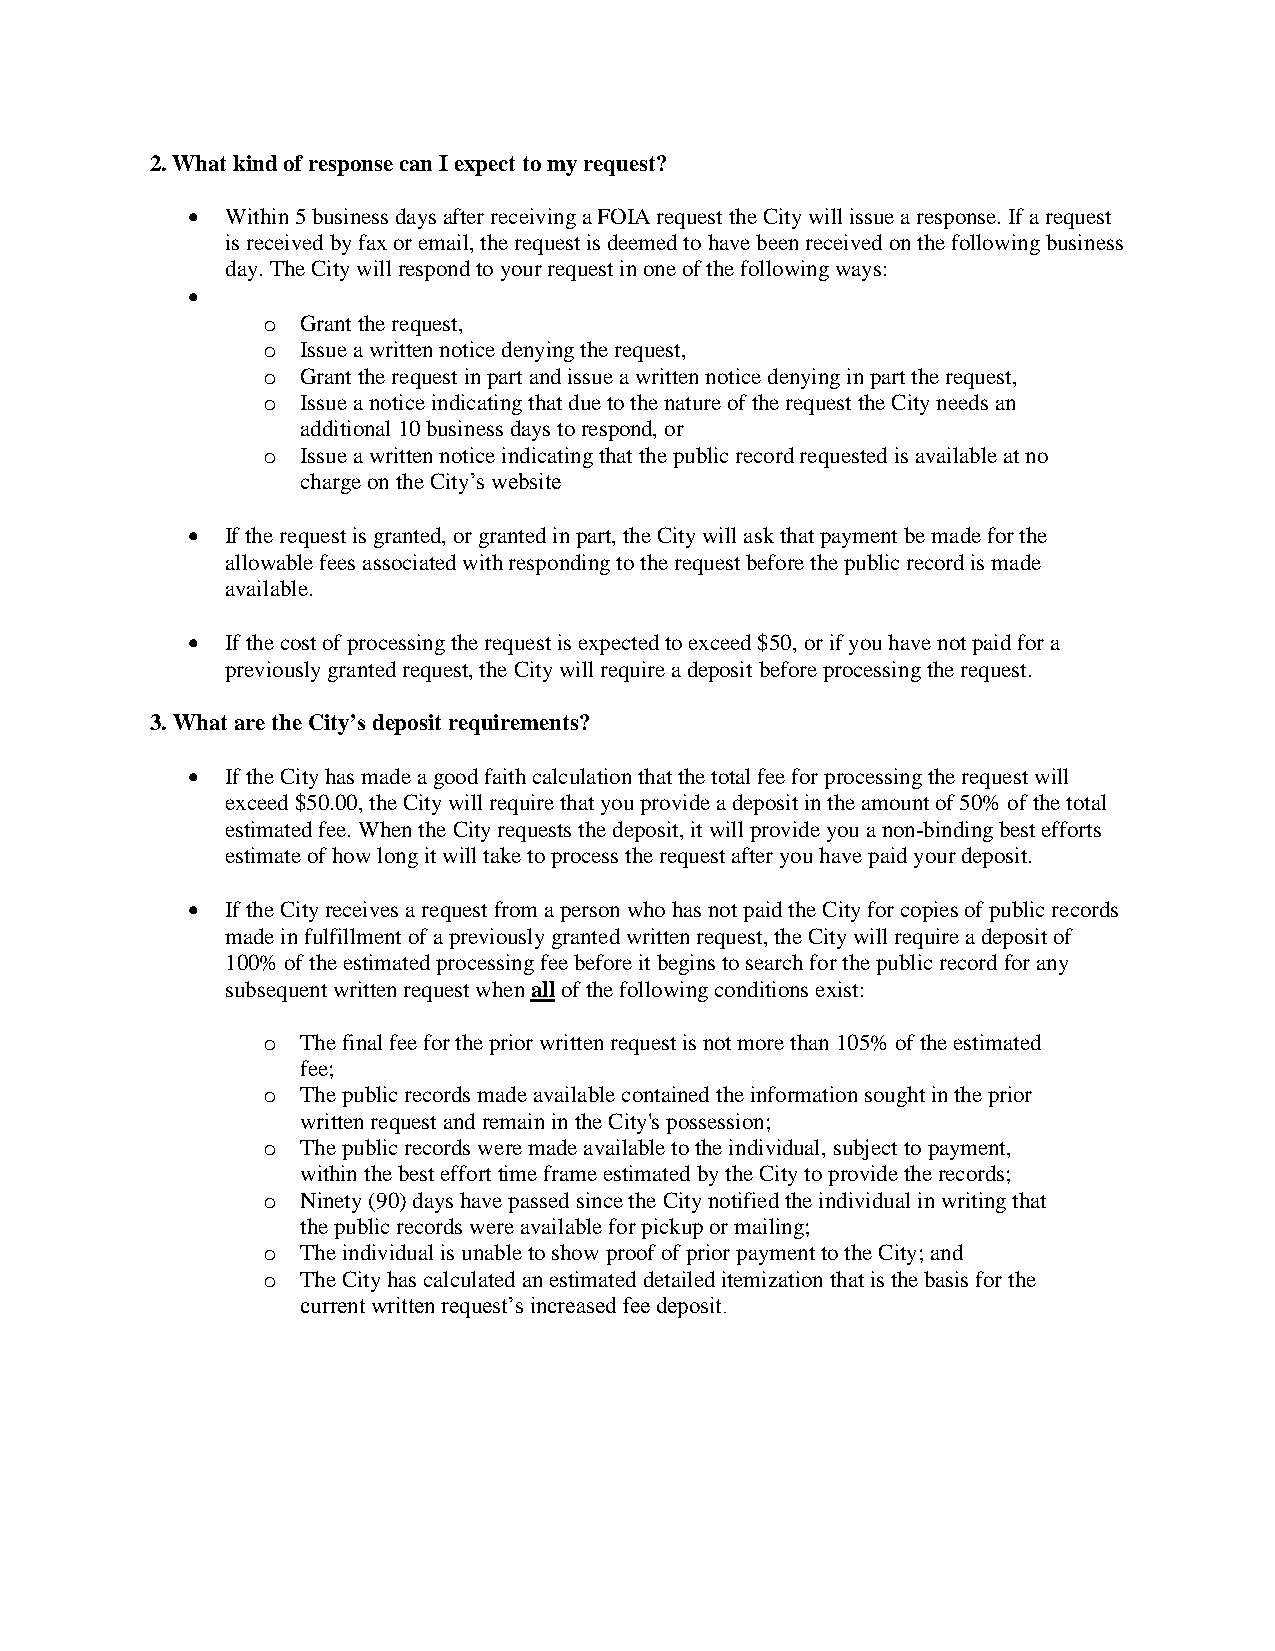
2. What kind of response can I expect to my request?
   Within 5 business days after receiving a FOIA request the City will issue a response. If a request
 is received by fax or email, the request is deemed to have been received on the following business
 day. The City will respond to your request in one of the following ways:
 
 o  Grant the request,
 o  Issue a written notice denying the request,
 o  Grant the request in part and issue a written notice denying in part the request,
 o  Issue a notice indicating that due to the nature of the request the City needs an
 additional 10 business days to respond, or
 o  Issue a written notice indicating that the public record requested is available at no
 charge on the City’s website
   If the request is granted, or granted in part, the City will ask that payment be made for the
 allowable fees associated with responding to the request before the public record is made
 available.
   If the cost of processing the request is expected to exceed $50, or if you have not paid for a
 previously granted request, the City will require a deposit before processing the request.
 3. What are the City’s deposit requirements?
   If the City has made a good faith calculation that the total fee for processing the request will
 exceed $50.00, the City will require that you provide a deposit in the amount of 50% of the total
 estimated fee. When the City requests the deposit, it will provide you a non-binding best efforts
 estimate of how long it will take to process the request after you have paid your deposit.
   If the City receives a request from a person who has not paid the City for copies of public records
 made in fulfillment of a previously granted written request, the City will require a deposit of
 100% of the estimated processing fee before it begins to search for the public record for any
 subsequent written request when all of the following conditions exist:
 o  The final fee for the prior written request is not more than 105% of the estimated
 fee;
 o  The public records made available contained the information sought in the prior
 written request and remain in the City's possession;
 o  The public records were made available to the individual, subject to payment,
 within the best effort time frame estimated by the City to provide the records;
 o  Ninety (90) days have passed since the City notified the individual in writing that
 the public records were available for pickup or mailing;
 o  The individual is unable to show proof of prior payment to the City; and
 o  The City has calculated an estimated detailed itemization that is the basis for the
 current written request’s increased fee deposit.